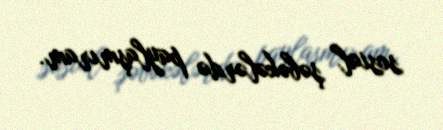
sosial şəbəkələrdə paylaşmıram.